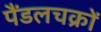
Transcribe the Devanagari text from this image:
पैंडलचक्रों